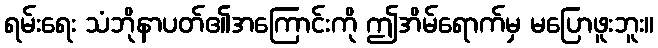
ရမ်းရေး သံဘိုနာပတ်၏အကြောင်းကို ဤအိမ်ရောက်မှ မပြောဖူးဘူး။